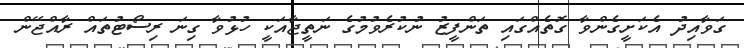
ގަވާއިދު އެކަށީގެންވާ ގޮތެއްގައި ތަންފީޒު ނުކުރެވުމުގެ ނަތީޖާއަކީ ހުޅުވާ ގިނަ ރިސޯޓުތައް ރާއްޖޭން